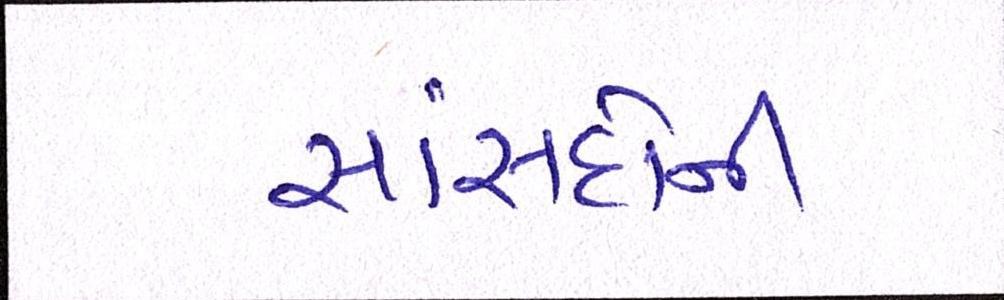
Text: સાંસદોની